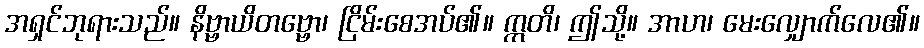
အရှင်ဘုရားသည်။ နိဗ္ဗာယိတဗ္ဗော၊ ငြိမ်းစေအပ်၏။ ဣတိ၊ ဤသို့။ အာဟ၊ မေးလျှောက်လေ၏။